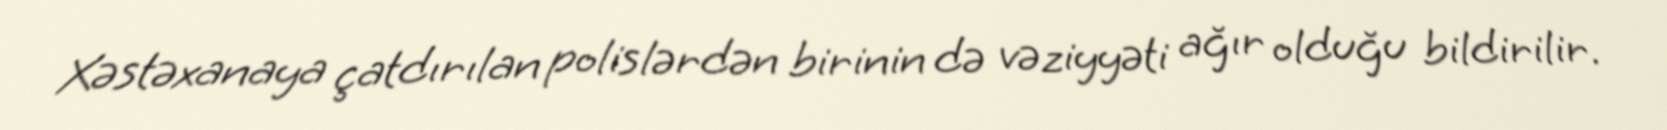
Xəstəxanaya çatdırılan polislərdən birinin də vəziyyəti ağır olduğu bildirilir.